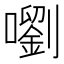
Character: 嚠